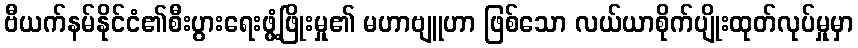
ဗီယက်နမ်နိုင်ငံ၏စီးပွားရေးဖွံ့ဖြိုးမှု၏ မဟာဗျူဟာ ဖြစ်သော လယ်ယာစိုက်ပျိုးထုတ်လုပ်မှုမှာ